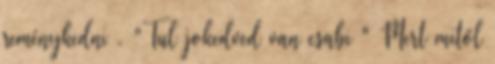
reménykedni . "Tul jokedved van csabi " Mert mitől